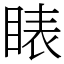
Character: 䁃